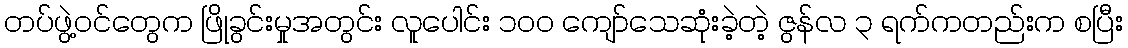
တပ်ဖွဲ့ဝင်တွေက ဖြိုခွင်းမှုအတွင်း လူပေါင်း ၁၀၀ ကျော်သေဆုံးခဲ့တဲ့ ဇွန်လ ၃ ရက်ကတည်းက စပြီး